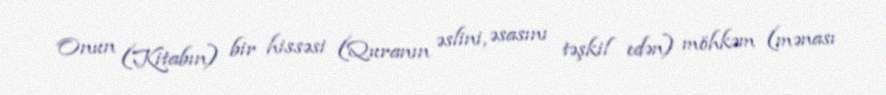
Onun (Kitabın) bir hissəsi (Quranın əslini, əsasını təşkil edən) möhkəm (mənası